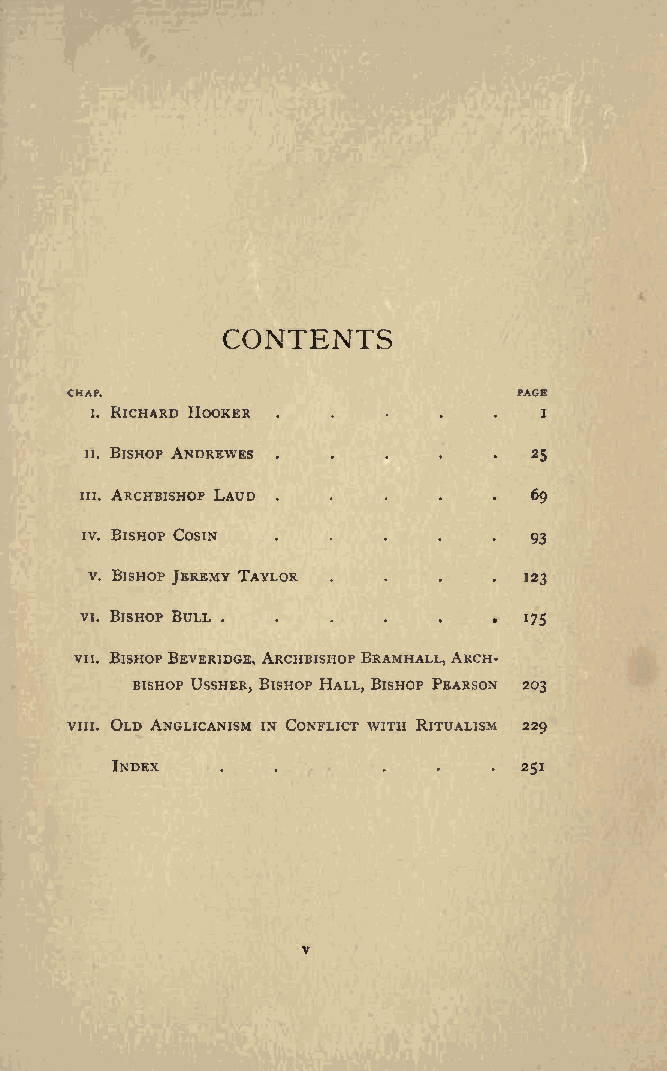
CONTENTS
 CHAP.                         PAGE
 i. RICHARD HOOKER . . ....    i
 n. BISHOP ANDREWES .....     25
 in. ARCHBISHOP LAUD .....     69
 iv. BISHOP Cosm               93
 v. BISHOP JEREMY TAYLOR . . . .123
 vi. BISHOP BULL . . . . .   . 175
 vn. BISHOP BEVERIDGE, ARCHBISHOP BRAMHALL,ARCH
 BISHOP USSHER, BISHOP HALL, BISHOP PEARSON 203
 vin. OLD ANGLICANISM IN CONFLICT WI.TH R.ITUA.LISM 229
 INDEX   .  .               251